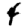
Digit: 4